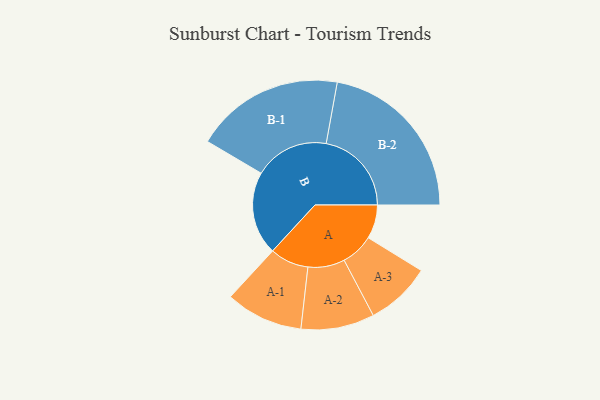
{"axis": {"x": "Segment", "y": "Value"}, "legend": ["", "A", "B"], "data": [{"x": "A", "y": 117, "type": ""}, {"x": "B", "y": 288, "type": ""}, {"x": "A-1", "y": 134, "type": "A"}, {"x": "A-2", "y": 127, "type": "A"}, {"x": "A-3", "y": 113, "type": "A"}, {"x": "B-1", "y": 258, "type": "B"}, {"x": "B-2", "y": 295, "type": "B"}]}